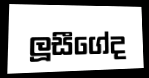
ලූසීගේද